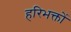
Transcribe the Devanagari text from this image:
हरिभक्तों